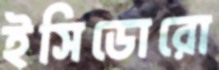
ইসিডোরো